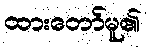
ထားတော်မူ၏